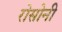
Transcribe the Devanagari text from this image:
रोसोनी